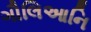
ગૌલિઆનિ